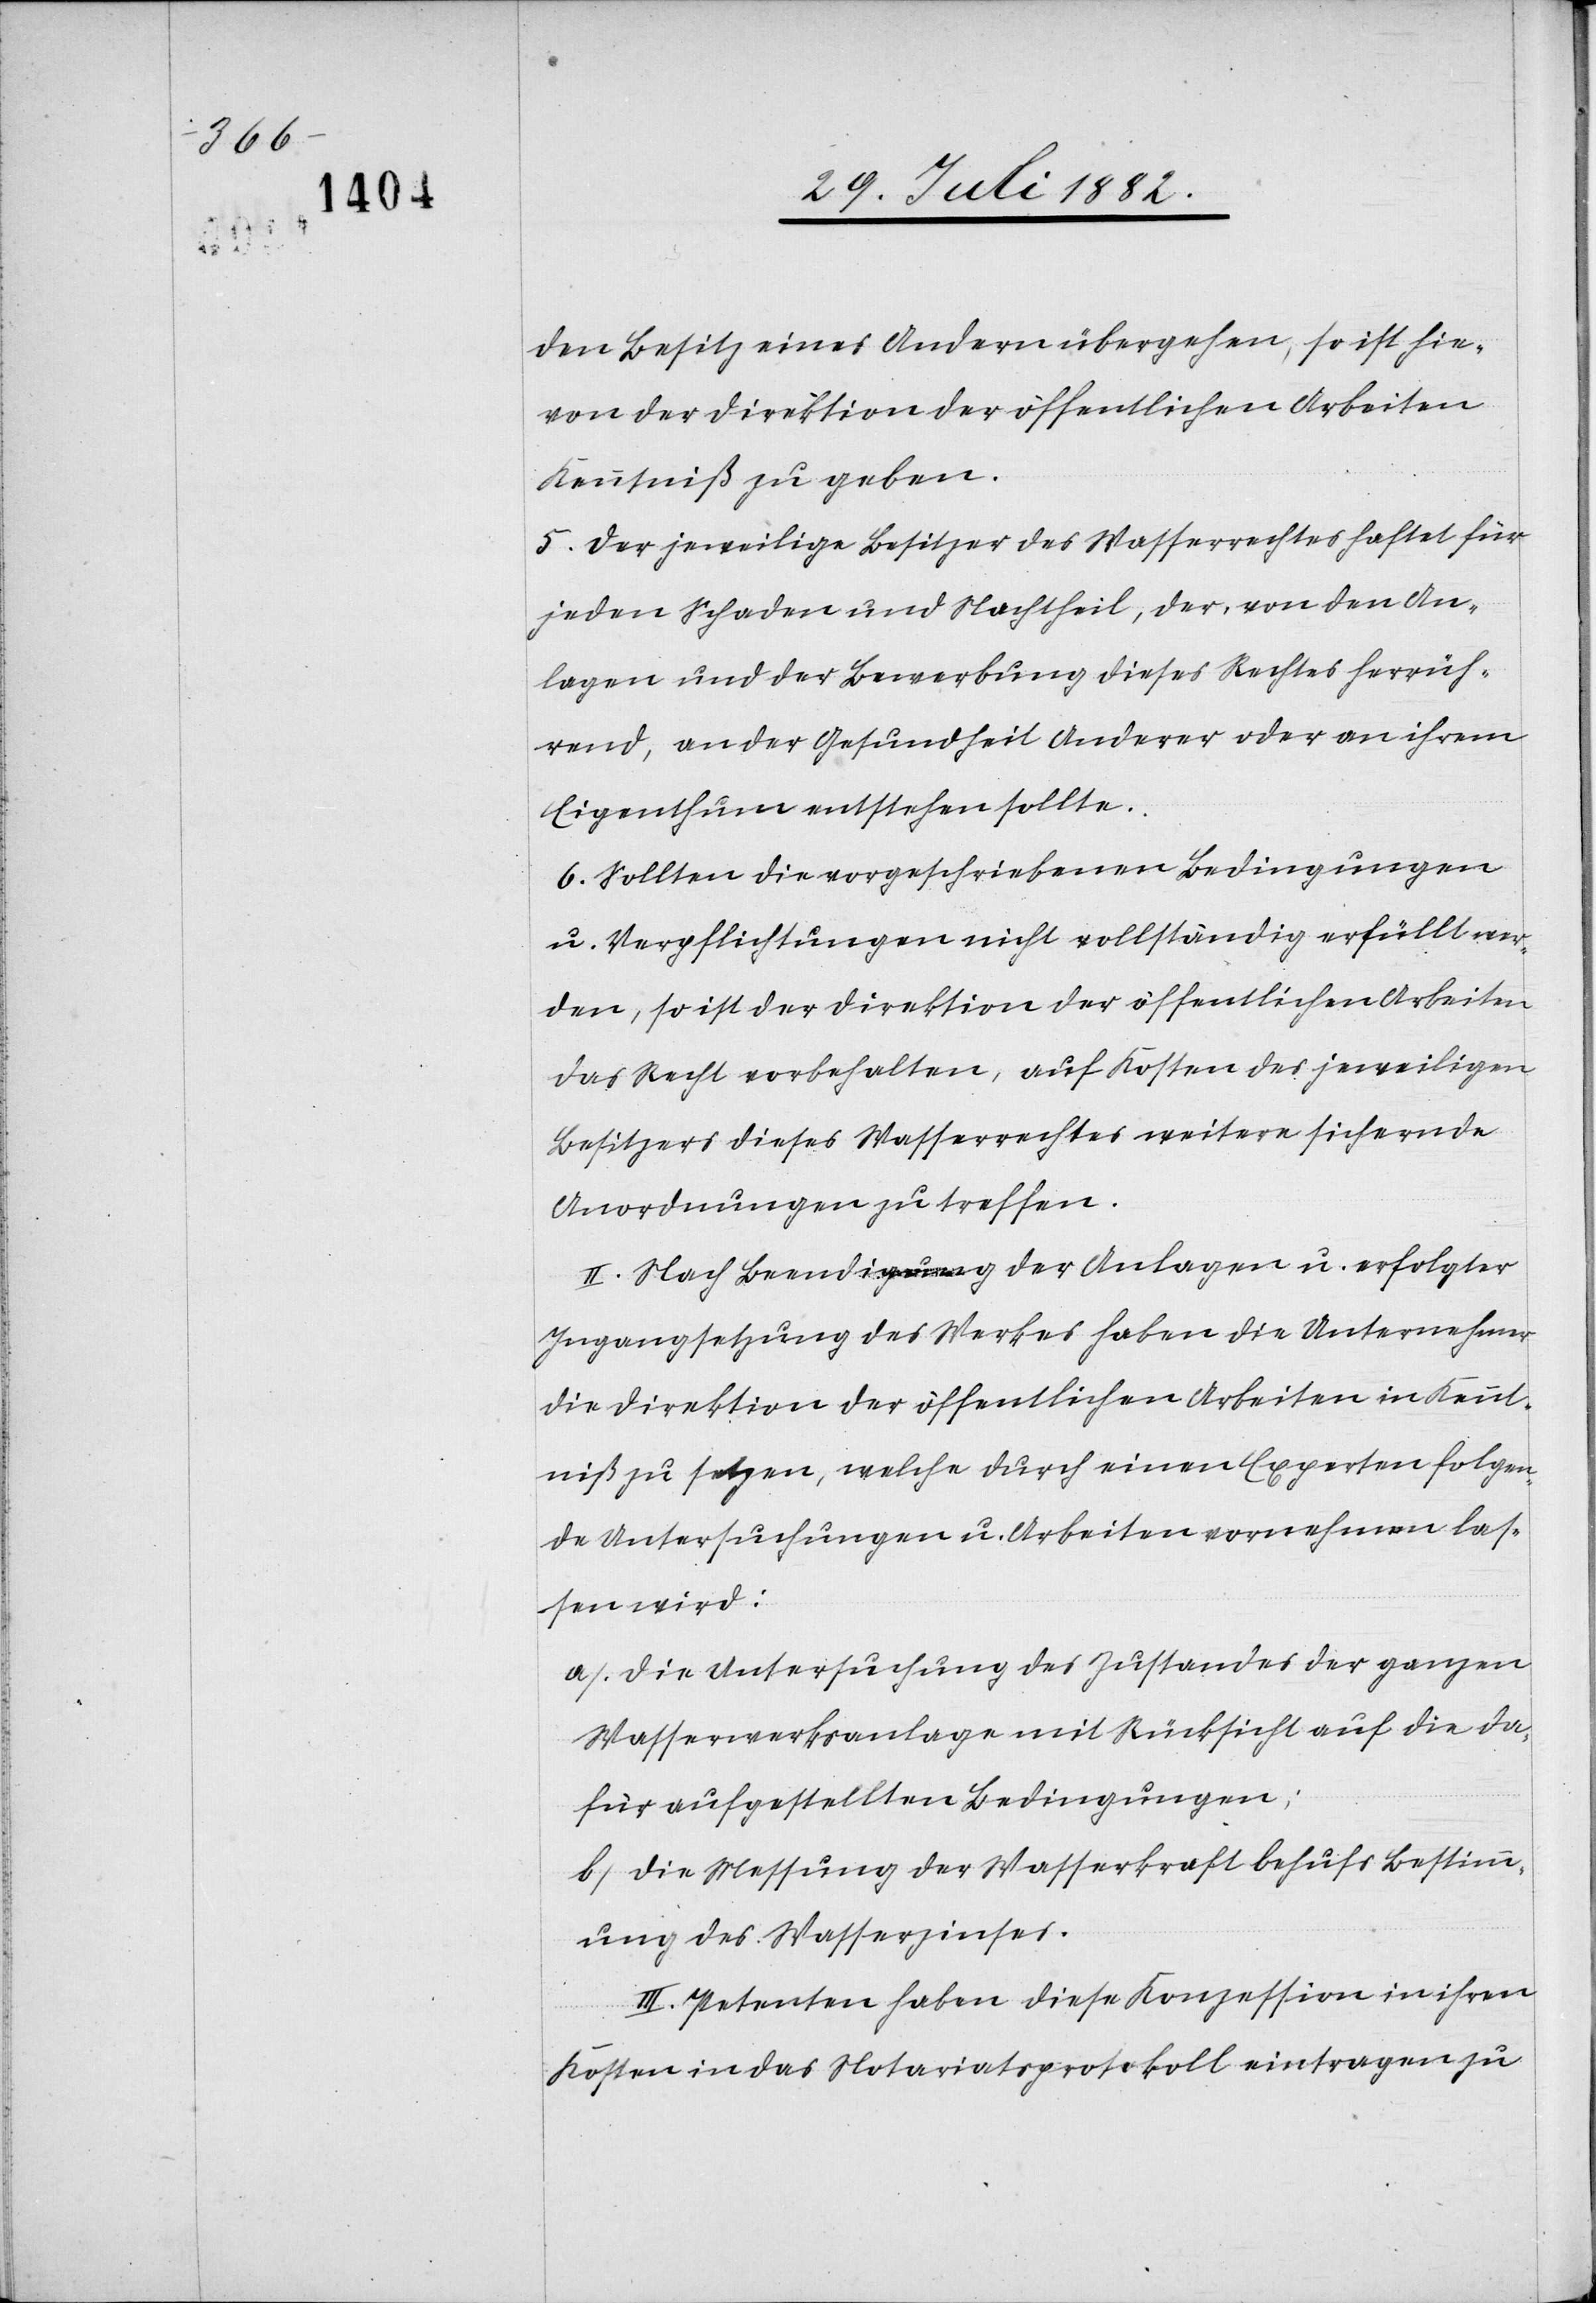
den Besitz eines Andern übergehen, so ist hie¬
von der Direktion der öffentlichen Arbeiten
Kenntniß zu geben.
5. Der jeweilige Besitzer des Wasserrechtes haftet für
jeden Schaden und Nachtheil, der, von den An¬
lagen und der Bewerbung dieses Rechtes herrüh¬
rend, an der Gesundheit Anderer oder an ihrem
Eigenthum entstehen sollte.
6. Sollten die vorgeschriebenen Bedingungen
u. Verpflichtungen nicht vollständig erfüllt wer¬
den, so ist der Direktion der öffentlichen Arbeiten
das Recht vorbehalten, auf Kosten des jeweiligen
Besitzers dieses Wasserrechtes weitere sichernde
Anordnungen zu treffen.
II. Nach Beendigung der Anlagen u. erfolgter
Ingangsetzung des Werkes haben die Unternehmer
die Direktion der öffentlichen Arbeiten in Kennt¬
niß zu setzen, welche durch einen Experten folgen¬
de Untersuchungen u. Arbeiten vornehmen las¬
sen wird:
a) Die Untersuchung des Zustandes der ganzen
Wasserwerksanlage mit Rücksicht auf die da¬
für aufgestellten Bedingungen;
b) Die Messung der Wasserkraft behufs Bestimm¬
ung des Wasserzinses.
III. Petenten haben diese Konzession in ihren
Kosten in das Notariatsprotokoll eintragen zu